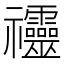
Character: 䄥